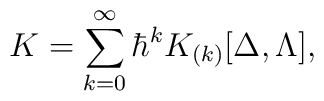
K=\sum_{k=0}^{\infty}\hbar^k K_{(k)}[\Delta,\Lambda],